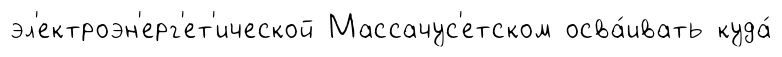
эл'ектроэн'ерг'ет'ической Массачус'етском осва́ивать куда́